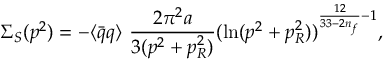
\Sigma _ { S } ( p ^ { 2 } ) = - \langle { \bar { q } } q \rangle ~ \frac { 2 \pi ^ { 2 } a } { 3 ( p ^ { 2 } + p _ { R } ^ { 2 } ) } ( \ln ( p ^ { 2 } + p _ { R } ^ { 2 } ) ) ^ { \frac { 1 2 } { 3 3 - 2 n _ { f } } - 1 } ,